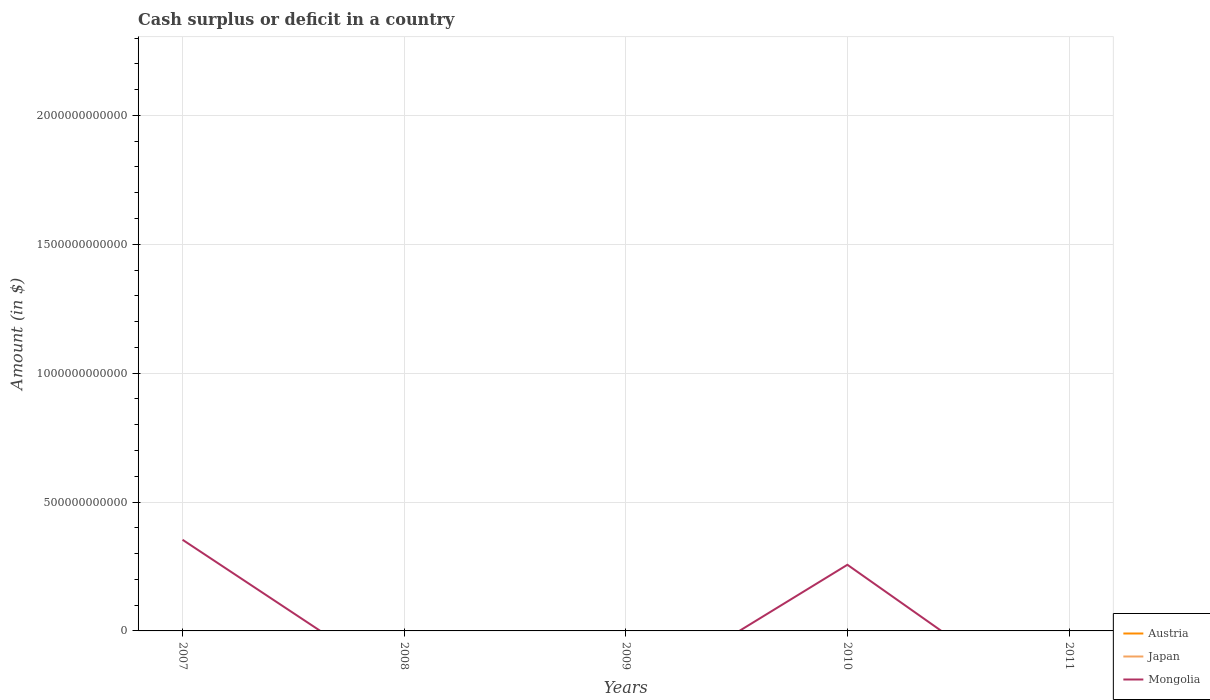
| Years | Austria | Japan | Mongolia |
 | --- | --- | --- | --- |
 | 2007 | -3.04e+09 | -1.25e+13 | 3.54e+11 |
 | 2008 | -3.08e+09 | -1.48e+13 | -2.15e+11 |
 | 2009 | -8.63e+09 | -3.57e+13 | -2.7e+11 |
 | 2010 | -9.33e+09 | -3.25e+13 | 2.57e+11 |
 | 2011 | -6.48e+09 | -3.87e+13 | -3.49e+11 |